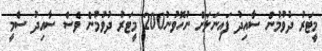
މީޓަރު ދުވުމުން ސާއިދު ފައިނަލަށް ނުހޮވުނު200 މީޓަރު ދުވުމުން ވެސް ސާއިދު ސެމީ